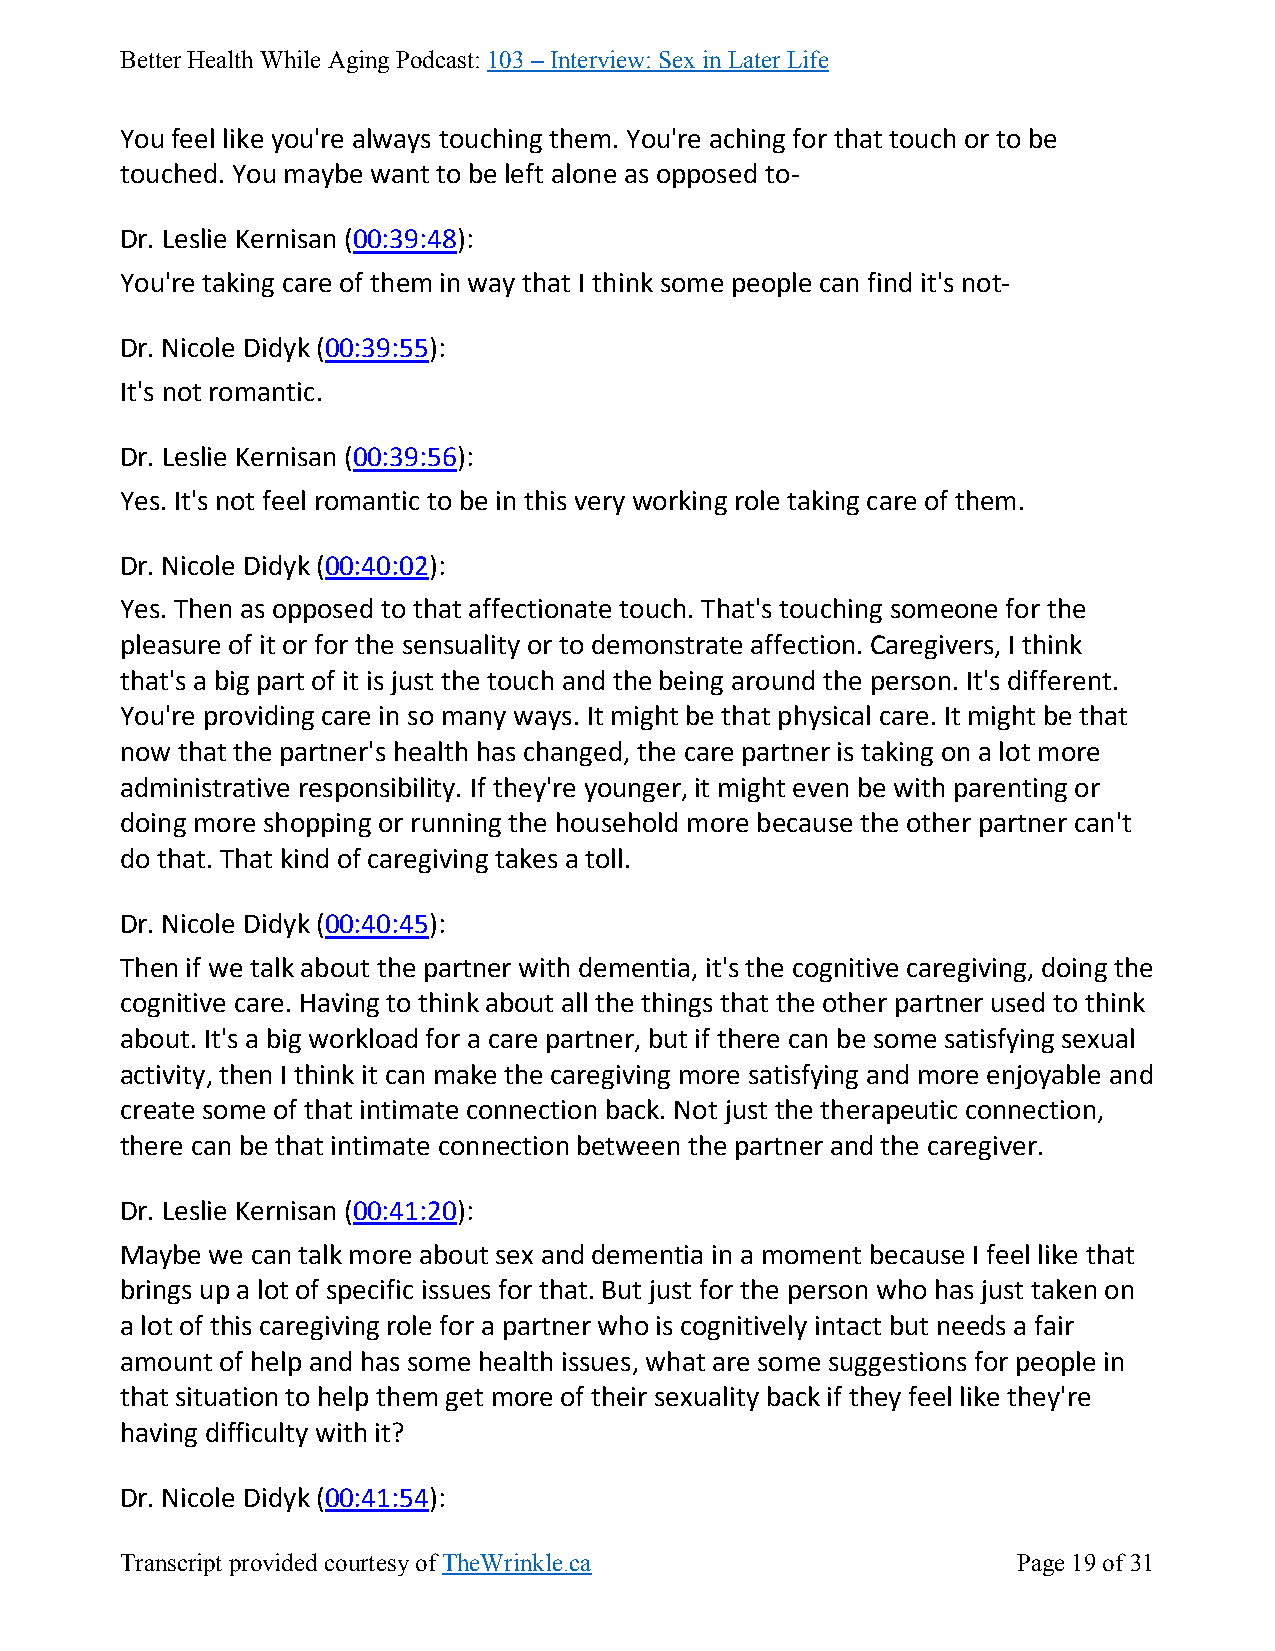
Better Health While Aging Podcast: 103 – Interview: Sex in Later Life
 You feel like you're always touching them. You're aching for that touch or to be
 touched. You maybe want to be left alone as opposed to-
 Dr. Leslie Kernisan (00:39:48):
 You're taking care of them in way that I think some people can find it's not-
 Dr. Nicole Didyk (00:39:55):
 It's not romantic.
 Dr. Leslie Kernisan (00:39:56):
 Yes. It's not feel romantic to be in this very working role taking care of them.
 Dr. Nicole Didyk (00:40:02):
 Yes. Then as opposed to that affectionate touch. That's touching someone for the
 pleasure of it or for the sensuality or to demonstrate affection. Caregivers, I think
 that's a big part of it is just the touch and the being around the person. It's different.
 You're providing care in so many ways. It might be that physical care. It might be that
 now that the partner's health has changed, the care partner is taking on a lot more
 administrative responsibility. If they're younger, it might even be with parenting or
 doing more shopping or running the household more because the other partner can't
 do that. That kind of caregiving takes a toll.
 Dr. Nicole Didyk (00:40:45):
 Then if we talk about the partner with dementia, it's the cognitive caregiving, doing the
 cognitive care. Having to think about all the things that the other partner used to think
 about. It's a big workload for a care partner, but if there can be some satisfying sexual
 activity, then I think it can make the caregiving more satisfying and more enjoyable and
 create some of that intimate connection back. Not just the therapeutic connection,
 there can be that intimate connection between the partner and the caregiver.
 Dr. Leslie Kernisan (00:41:20):
 Maybe we can talk more about sex and dementia in a moment because I feel like that
 brings up a lot of specific issues for that. But just for the person who has just taken on
 a lot of this caregiving role for a partner who is cognitively intact but needs a fair
 amount of help and has some health issues, what are some suggestions for people in
 that situation to help them get more of their sexuality back if they feel like they're
 having difficulty with it?
 Dr. Nicole Didyk (00:41:54):
 Transcript provided courtesy of TheWrinkle.ca              Page 19 of 31